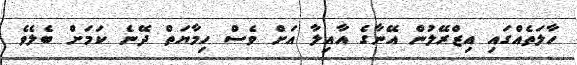
ހާލަތެއްގައި އިޒްރޭލުން އޭނާގެ އާއިލާ އަށް ވެސް ހިމާޔަތް ދޭނެ ކަމަށް ބެލެވެ